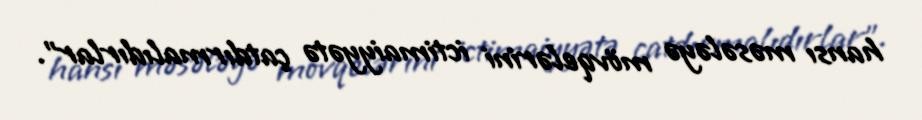
hansı məsələyə mövqelərini ictimaiyyətə çatdırmalıdırlar”.